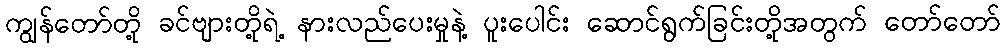
ကျွန်တော်တို့ ခင်ဗျားတို့ရဲ့ နားလည်ပေးမှုနဲ့ ပူးပေါင်း ဆောင်ရွက်ခြင်းတို့အတွက် တော်တော်